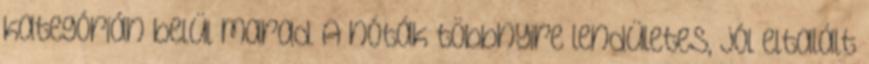
kategórián belül marad. A nóták többnyire lendületes, jól eltalált